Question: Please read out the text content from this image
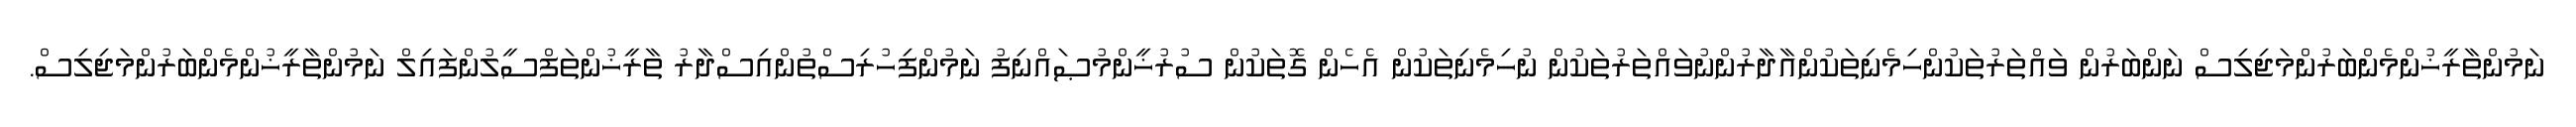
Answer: ނަމުންތާރީޚުންމެންބަރުންމަޖިލިސް ނަންބަރުން ވައްތަރުތަކުންހިމެނިތަކުންއާދާރުންނުވައްތަރުތަކުން ނުހިމެނިތަކުން އެހެން ގޮތަކުން ސުރުޚީންމުޞައްނިފު ނަމުންފިހުރިސްތުންއިސްދާރު ތާރީޚުންތަފްސީލުންފައިލް ނަމުންތާރީޚުންމެންބަރުންމަޖިލިސް.